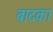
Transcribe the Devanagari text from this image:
बादका